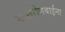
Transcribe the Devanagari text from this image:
मास्तरीणबाईंना